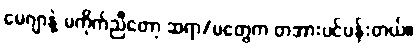
မေဂျာနဲ့ မကိုက်ညီတော့ ဆရာ/မတွေက တအားပင်ပန်းတယ်။